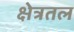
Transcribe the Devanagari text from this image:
क्षेत्रतल